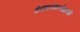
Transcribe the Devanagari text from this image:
डेकटायलोग्राफी